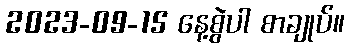
2023-09-15 နေ့စွဲပါ စာချုပ်။